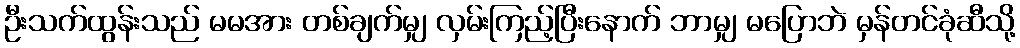
ဦးသက်ထွန်းသည် မမအား တစ်ချက်မျှ လှမ်းကြည့်ပြီးနောက် ဘာမျှ မပြောဘဲ မှန်တင်ခုံဆီသို့